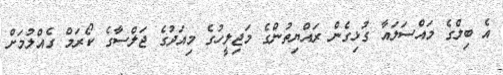
އެ ބިލްގެ މައްސަލައާ ގުޅިގެން ރައްޔިތުންގެ މަޖިލީހުގެ މިއަދުގެ ޖަލްސާގެ ކޯރަމް ގެއްލުމަށް